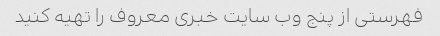
فهرستی از پنج وب سایت خبری معروف را تهیه کنید